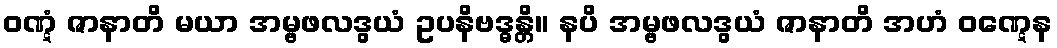
ဝဏ္ဋံ ဇာနာတိ မယာ အမ္ဗဖလဒွယံ ဥပနိဗဒ္ဓန္တိ။ နပိ အမ္ဗဖလဒွယံ ဇာနာတိ အဟံ ဝဏ္ဋေန